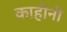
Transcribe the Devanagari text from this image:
काहीनी